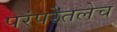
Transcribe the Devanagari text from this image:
परंपरेतलेच